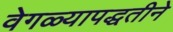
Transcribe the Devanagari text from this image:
वेगळ्यापद्धतीने